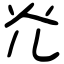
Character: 灮